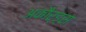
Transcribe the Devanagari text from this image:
अकौर्ड्स